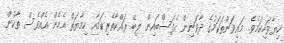
ހިޔާވަހިކަމެވެ. މައިވަންތަކަމުގެ ދާވަނިން އެފަސްބައިން ލިބޭ ރައްކާތެރިކަމާއި ހިމާޔަތް އެހެން އެއްވެސް ތާކުން